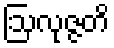
ဩလုဇ္ဇတိ